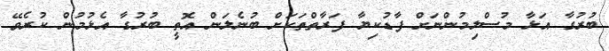
ބުރުގާ އަޅާ މުސްލިމުންނަށް ފާޑުކިޔާ ފަރާތްތަކަށް ބުނެލަން އޮތީ ބުރުގާ އެޅުމުން ކުރެވޭ